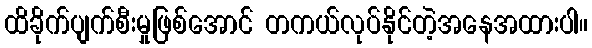
ထိခိုက်ပျက်စီးမှုဖြစ်အောင် တကယ်လုပ်နိုင်တဲ့အနေအထားပါ။